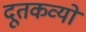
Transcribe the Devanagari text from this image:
दूतकव्यों